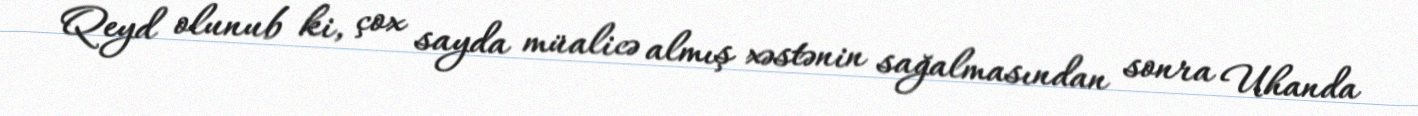
Qeyd olunub ki, çox sayda müalicə almış xəstənin sağalmasından sonra Uhanda